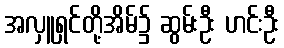
အလှူရှင်တို့အိမ်၌ ဆွမ်းဦး ဟင်းဦး